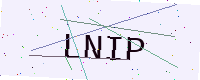
Text: LNIP